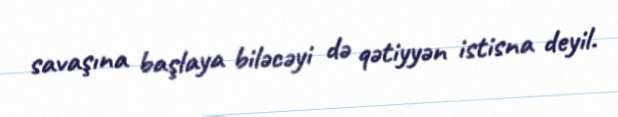
savaşına başlaya biləcəyi də qətiyyən istisna deyil.